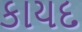
કાયદ